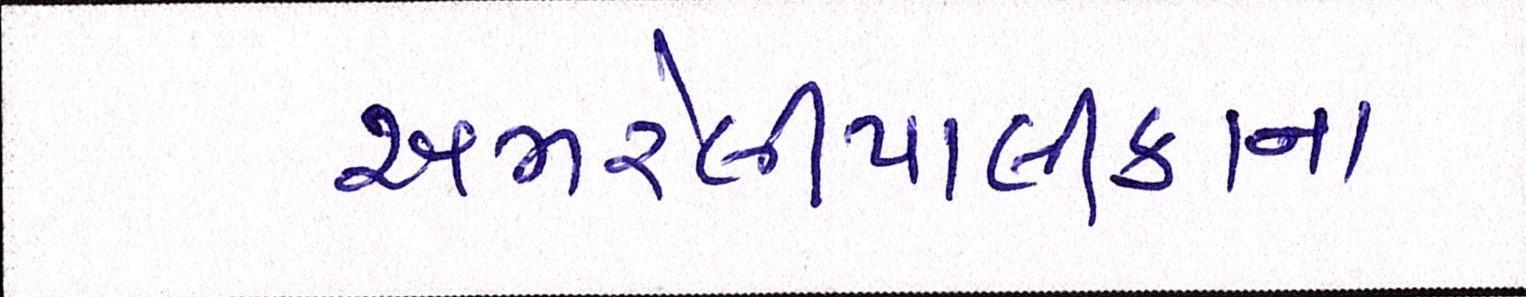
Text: અમરેલીપાલીકાના